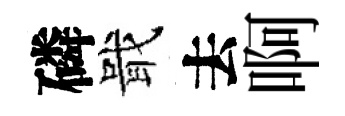
磷戢去啊